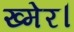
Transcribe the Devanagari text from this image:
ख्मेर।